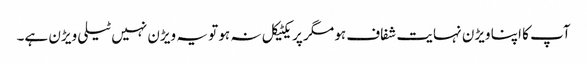
آپ کا اپنا ویڑن نہایت شفاف ہو مگر پریکٹیکل نہ ہو تو یہ ویڑن نہیں ٹیلی ویڑن ہے۔